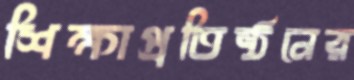
শিক্ষাপ্রতিষ্ঠনের